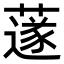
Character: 𦼯